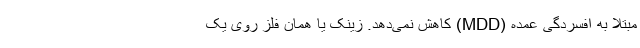
مبتلا به افسردگی عمده (MDD) کاهش نمی‌دهد. زینک یا همان فلز روی یک